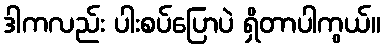
ဒါကလည်း ပါးစပ်ပြောပဲ ရှိတာပါကွယ်။